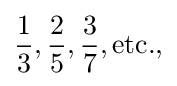
{1 \over 3},{2 \over 5},{3 \over 7},{\mbox{etc.,}}